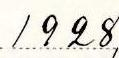
1928